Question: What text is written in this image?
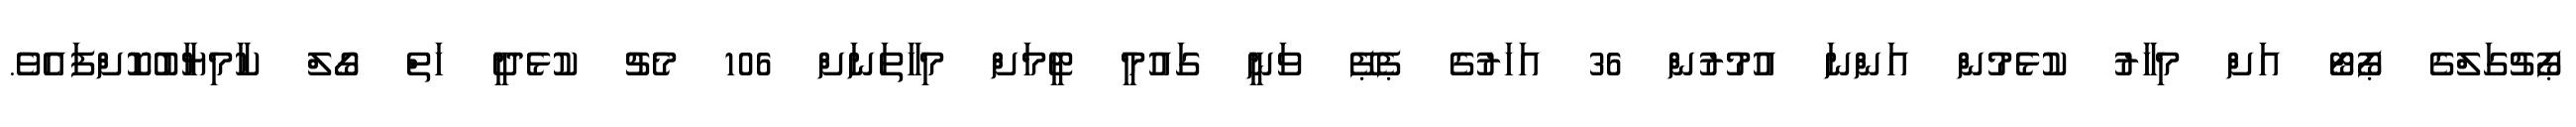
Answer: ޕޯޗުގަލްގެ ޕޯޓޯ އަށް މިހާރު ކުޅެމުން އަންނަ އުމުރުން 36 އަހަރުގެ ޕެޕޭ ވަނީ ގައުމީ ޓީމަށް މިހާތަނަށް 106 މެޗު ކުޅެދީ ހަތް ގޯލް ކާމިޔާބުކޮށްފައެވެ.